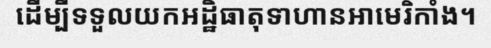
ដើម្បីទទួលយកអដ្ឋិធាតុទាហានអាមេរិកាំង។